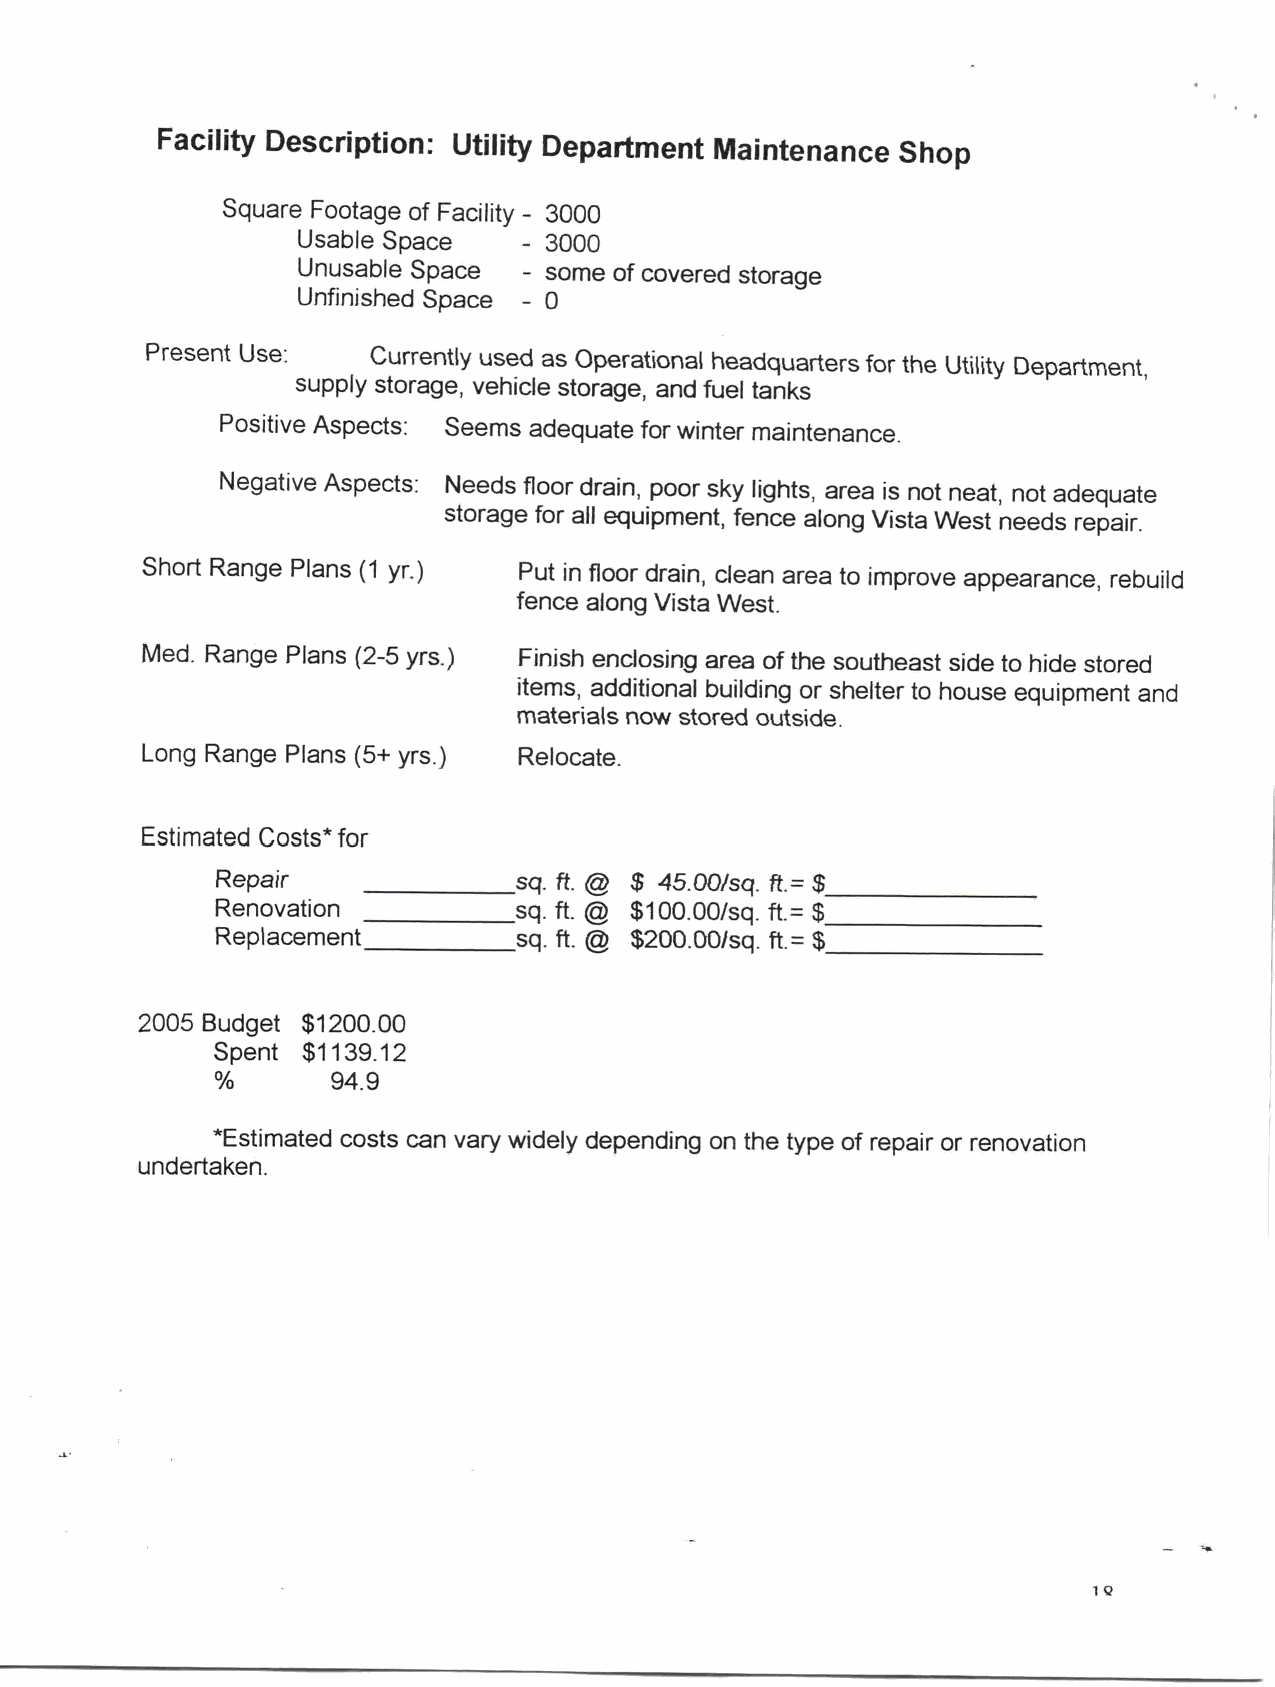
Facility Description Utility Department Maintenance Shop
 Square Footage of Facility 3000
 Usable Space    3000
 Unusable Space  some of covered storage
 Unfinished Space 0
 Present Use    Currently used as Operational headquarters for the Utility Department
 supply storage vehicle storage and fuel tanks
 Positive Aspects Seems adequate for winter maintenance
 Negative Aspects Needs floor drain poor sky lights area is not neat not adequate
 storage for all equipment fence along Vista West needs repair
 Short Range Plans 1 yr   Put in floor drain clean area to improve appearance rebuild
 fence along Vista West
 Med  Range Plans 25 yrs  Finish enclosing area of the southeast side to hide stored
 items additional building or shelter to house equipment and
 materials now stored outside
 Long Range Plans 5 yrs   Relocate
 Estimated Costs for
 Repair              sq ft @   4050sq ft
 Renovation          sq ft @ 10000sq  ft
 Replacement         sq ft @ 20000sq  ft
 2005 Budget 102000
 Spent 111329
 994
 Estimated costs can vary widely depending on the type of repair or renovation
 undertaken
 14